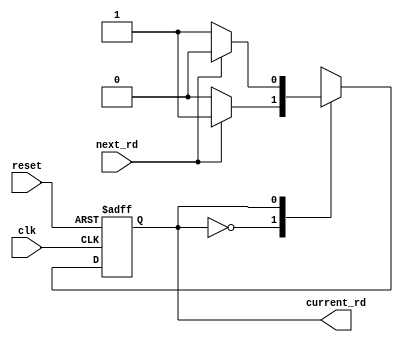
module encoder_8b10b_fsm (

	input  wire clk,
	input  wire reset,
	input  wire next_rd,
	output wire current_rd
	
);

	parameter state_rd_negative = 1'b0;
	parameter state_rd_positive = 1'b1;
	parameter rd_same = 1'b0;
	parameter rd_flip = 1'b1;

	reg state;
	reg next_state;

	always @(posedge clk or posedge reset) begin
		if(reset)
			state <= state_rd_negative;
		else
			state <= next_state;
	end
	
	always @(state, next_rd) begin
		case (state)
			state_rd_negative:
				next_state <= (next_rd == rd_same) ? state_rd_negative : state_rd_positive;
			
			state_rd_positive:
				next_state <= (next_rd == rd_same) ? state_rd_positive : state_rd_negative;
		endcase
	end
	
	assign current_rd = state;

endmodule